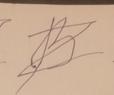
Signature authenticity: forged